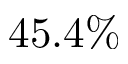
4 5 . 4 \%